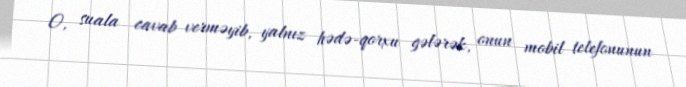
O, suala cavab verməyib, yalnız hədə-qorxu gələrək, onun mobil telefonunun